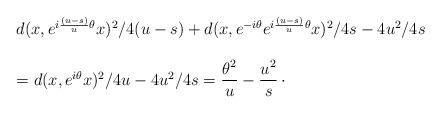
LaTeX: \begin{align*}\begin{array}{l} d(x, e^{i \frac{(u - s)}{u} \theta} x)^2/4(u - s) +d(x,e^{- i \theta}e^{i \frac{(u - s)}{u} \theta} x)^2/ 4s - 4u^2/ 4s\\ \\= d(x, e^{i \theta} x)^2/ 4u - 4u^2/4s =\dfrac{\theta^2}{u} - \dfrac{u^2}{s}\,\cdot \end{array} \end{align*}